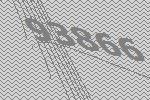
93866